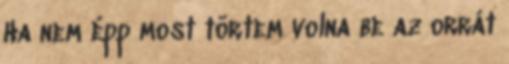
Ha nem épp most törtem volna be az orrát